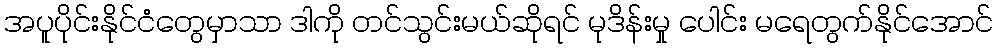
အပူပိုင်းနိုင်ငံတွေမှာသာ ဒါကို တင်သွင်းမယ်ဆိုရင် မုဒိန်းမှု ပေါင်း မရေတွက်နိုင်အောင်